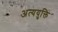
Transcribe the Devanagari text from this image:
अत्ययुक्ति